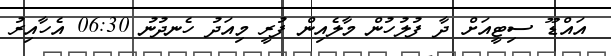
އައްޑޫ ސިޓީއަށް ދާ ފުލުހުން މާލެއިން ފުރީ މިއަދު ހެނދުނު 06:30 އެހާއިރު